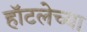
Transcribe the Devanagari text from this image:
हॉटलेच्या